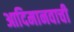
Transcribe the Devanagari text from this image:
आदिमानवाची